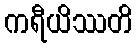
ကရီယိဿတိ